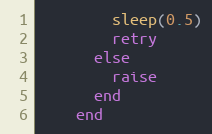
Language: Ruby
        sleep(0.5)
        retry
      else
        raise
      end
    end